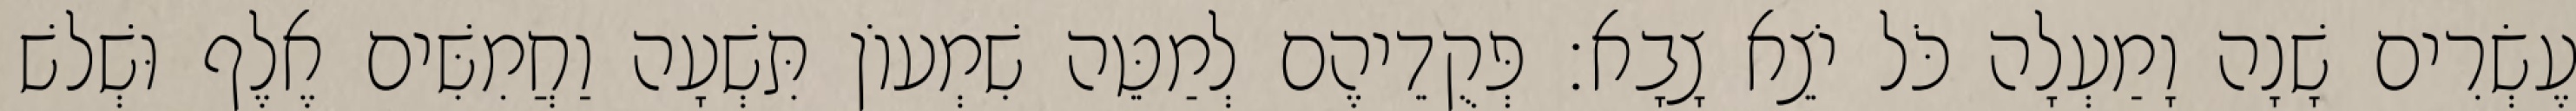
עֶשְׂרִים שָׁנָה וָמַעְלָה כֹּל יֹצֵא צָבָא׃ פְּקֻדֵיהֶם לְמַטֵּה שִׁמְעוֹן תִּשְׁעָה וַחֲמִשִּׁים אֶלֶף וּשְׁלשׁ